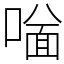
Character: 𠼟